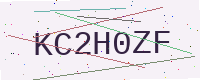
Text: KC2H0ZF